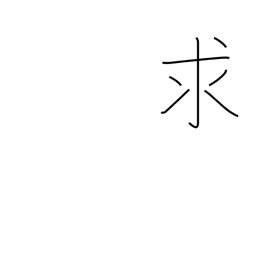
Meaning: want